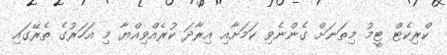
ކްރިކެޓް ޓީމު މިތަނަށް ގެންނެވި ކަމަށާއި އިރާދަ ކުރެއްވިއްޔާ މި އަހަރުގެ ތެރޭގައި